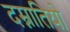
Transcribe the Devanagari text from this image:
दम्नातियो